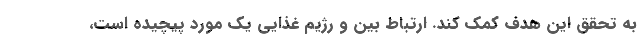
به تحقق این هدف کمک کند. ارتباط بین و رژیم غذایی یک مورد پیچیده است،